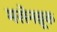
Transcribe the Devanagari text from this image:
मसेनब्रूक